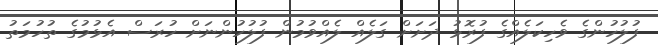
ފުލުހުންގެ ވެހިކަލެއްގެ ފުރޮޅު ދަށަށް ގަލެއް ލެއްވުމުން ފުލުހުންނަށް ހުރަސް އެޅުމުގެ ތުހުމަތު